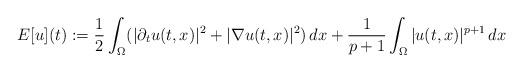
LaTeX: \begin{align*} E[u](t) &:= \frac{1}{2} \int_{\Omega} (|\partial_t u(t,x)|^2 + |\nabla u(t,x)|^2 ) \,dx +\frac{1}{p+1} \int_{\Omega} |u(t,x)|^{p+1}\,dx\end{align*}